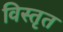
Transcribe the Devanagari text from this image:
विस्‍तृत